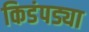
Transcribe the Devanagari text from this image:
किडंपड्या